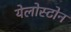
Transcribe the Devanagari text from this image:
येलोस्टोन